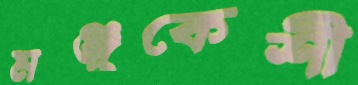
মঞ্জুকেশী